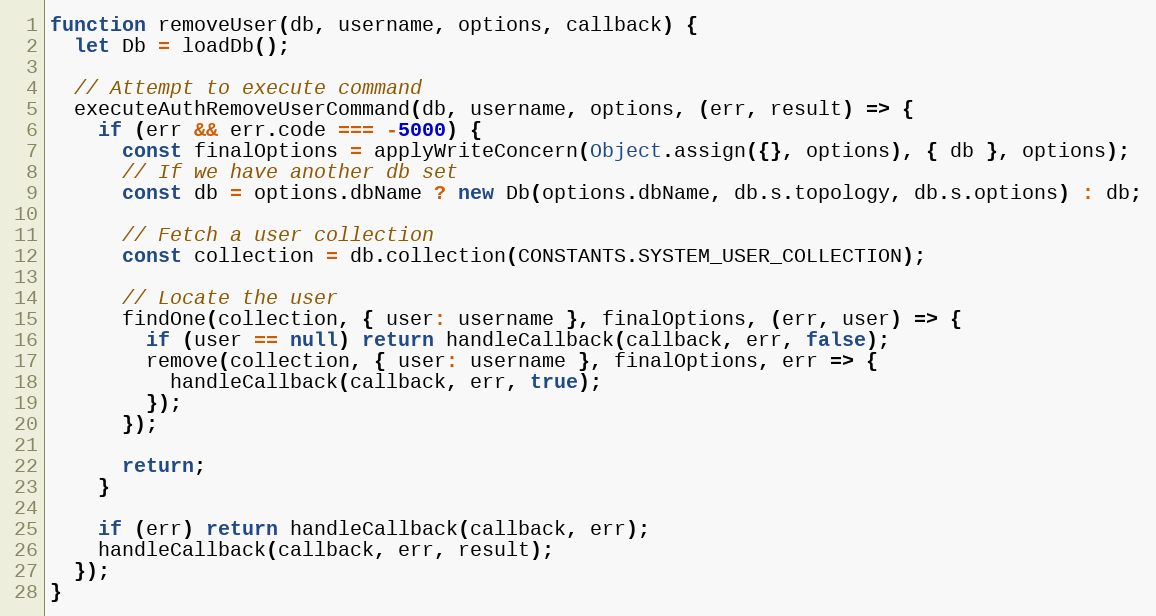
Language: JavaScript
function removeUser(db, username, options, callback) {
  let Db = loadDb();

  // Attempt to execute command
  executeAuthRemoveUserCommand(db, username, options, (err, result) => {
    if (err && err.code === -5000) {
      const finalOptions = applyWriteConcern(Object.assign({}, options), { db }, options);
      // If we have another db set
      const db = options.dbName ? new Db(options.dbName, db.s.topology, db.s.options) : db;

      // Fetch a user collection
      const collection = db.collection(CONSTANTS.SYSTEM_USER_COLLECTION);

      // Locate the user
      findOne(collection, { user: username }, finalOptions, (err, user) => {
        if (user == null) return handleCallback(callback, err, false);
        remove(collection, { user: username }, finalOptions, err => {
          handleCallback(callback, err, true);
        });
      });

      return;
    }

    if (err) return handleCallback(callback, err);
    handleCallback(callback, err, result);
  });
}